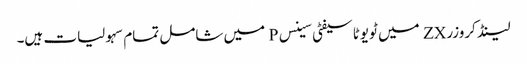
لینڈ کروزر ZX میں ٹویوٹا سیفٹی سینس P میں شامل تمام سہولیات ہیں۔